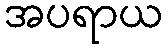
အပရာယ